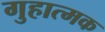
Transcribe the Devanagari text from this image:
गुहात्मक